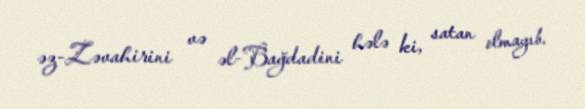
əz-Zəvahirini və əl-Bağdadini hələ ki, satan olmayıb.